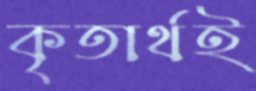
কৃতার্থই